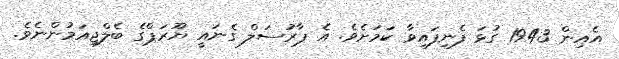
އެއިން 1943 ގުޅަ ފެނިފައިވާ ކަމަށެވެ. އެ ޕާރުސަލް ގެނައީ ޔޫރަޕްގެ ބެލްޖިއަމުންނެވެ.